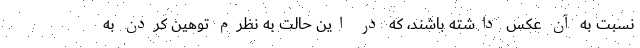
نسبت به‌ آن عکس داشته باشند، که در این حالت به نظرم توهین کردن به